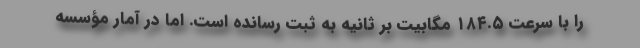
را با سرعت ۱۸۴.۵ مگابيت بر ثانيه به ثبت رسانده است. اما در آمار مؤسسه